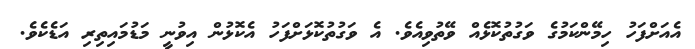
އެއަށްފަހު ހިމޭންކަމުގެ ވަގުތުކޮޅެއް ވޭތުވިއެވެ. އެ ވަގުތުކޮޅަށްފަހު އެކޮޅުން އިވުނީ މަޑުމައިތިރި އަޑެކެވެ.